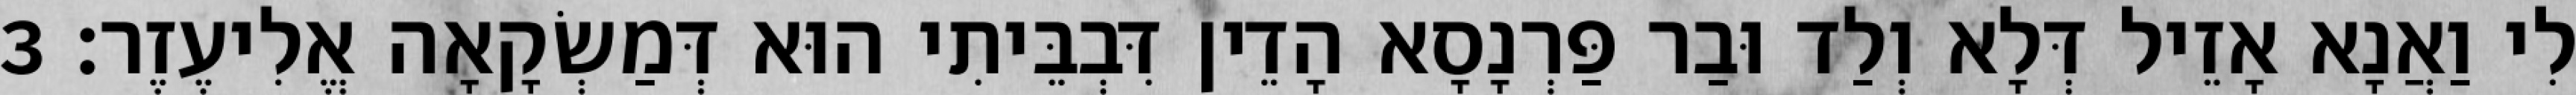
לִי וַאֲנָא אָזֵיל דְּלָא וְלַד וּבַר פַּרְנָסָא הָדֵין דִּבְבֵּיתִי הוּא דְּמַשְׂקָאָה אֱלִיעֶזֶר׃ 3